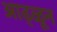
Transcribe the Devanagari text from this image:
आढ्ळून